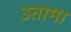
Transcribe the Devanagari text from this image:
उतामा